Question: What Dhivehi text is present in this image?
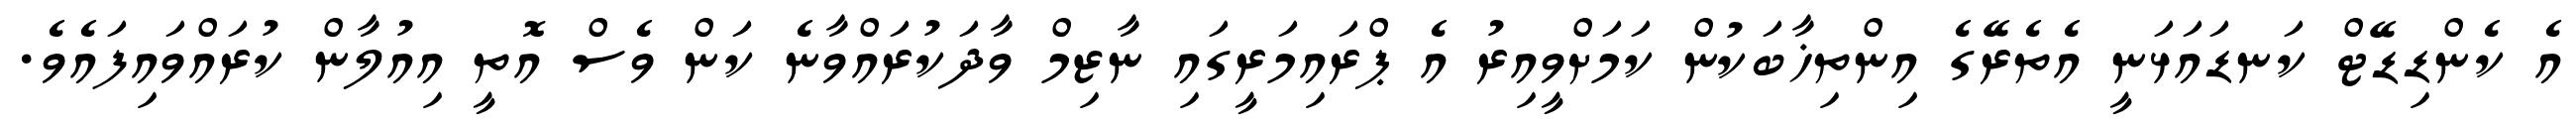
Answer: އެ ކެންޑިޑޭޓް ކަނޑައަޅަނީ އެތެރޭގެ އިންތިޚާބަކުން ކަމަށްވީއިރު އެ ޕްރައިމަރީގައި ނާޒިމް ވާދަކުރައްވާނެ ކަން ވެސް އޮތީ އިއުލާން ކުރައްވައިފައެވެ.